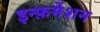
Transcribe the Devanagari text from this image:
इन्फ़र्मेशन